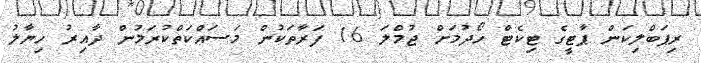
ރިޕަބްލިކަން ޕާޓީގެ ޓިކެޓް ހޯދުމަށް ޖުމްލަ 16 ފަރާތަކުން މަސައްކަތްކުރަމުން ދާއިރު ހިޔާލު